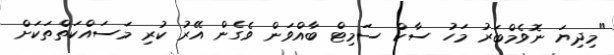
"މިދިޔަ ނޮވެމްބަރު މަހު ސާކް ސަމިޓް ބާއްވަން ވެގެން އޭރު ކުރި މަސައްކަތްތަކަށް